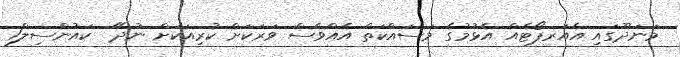
މަނަދޫގައި އެއަރޕޯޓެއް އެޅުމުގެ މަސައްކަތް އެއްވެސް ވަރަކަށް ކުރިއަކަށް ނުދޭ  ކައުންސިލް1